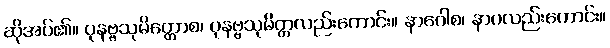
ဆိုအပ်၏။ ပုနဗ္ဗသုမိတ္တောစ၊ ပုနဗ္ဗသုမိတ္တလည်းကောင်း။ နာဂေါစ၊ နာဂလည်းကောင်း။